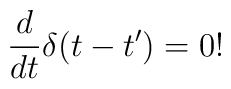
\frac{d}{dt}\delta (t-t')=0!